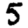
Digit: 5